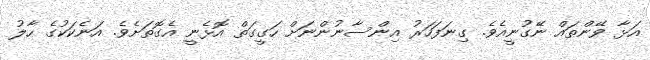
އަޅާ ވޭންތައް ނޭގުނީއެވެ. ގިނަފަހަރު އިންސާނުންނަށް ހަގީގަތް އޮޅެނީ އެގޮތަށެވެ. އަނެކަކުގެ ހާލު